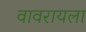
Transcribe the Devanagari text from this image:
वावरायला